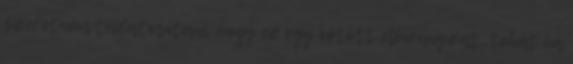
szeretném tudatosítani, hogy ez egy kötött előirányzat, tehát ha